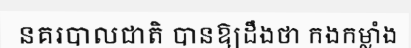
នគរបាលជាតិ បានឱ្យដឹងថា កងកម្លាំង